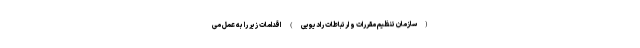
(سازمان تنظیم مقررات و ارتباطات رادیویی) اقدامات زیر را به عمل می